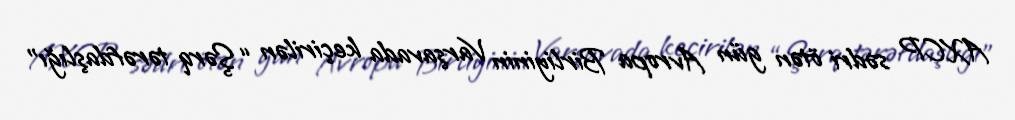
AXCP sədri ötən gün Avropa Birliyinin Varşavada keçirilən “Şərq tərəfdaşlığı”